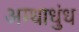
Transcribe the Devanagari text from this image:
अम्धाधुंध